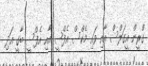
ގްރީން އީގަލްސް އާއި ވައި މެކްސް އެފްސީ އާއި އެފްސީ ބާގީ އަދި